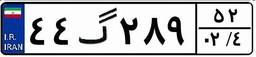
۴۱گ۲۷۷۱۵